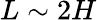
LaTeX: L\sim 2H